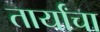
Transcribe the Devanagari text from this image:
तार्यांचा